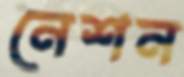
নেশন